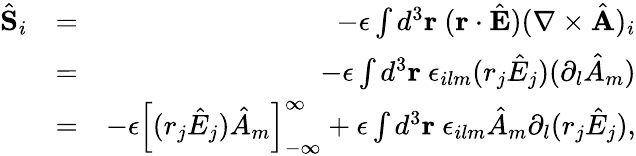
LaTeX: \begin{array}{rlr}{\hat{\mathbf S}_{i}}&{=}&{-\epsilon\int d^{3}{\mathbf r}\ ({\mathbf r}\cdot\hat{\mathbf E})(\nabla\times\hat{\mathbf A})_{i}}\\ &{=}&{-\epsilon\int d^{3}{\mathbf r}\ \epsilon_{ilm}(r_{j}\hat{E}_{j})(\partial_{l}\hat{A}_{m})}\\ &{=}&{-\epsilon\left[(r_{j}\hat{E}_{j})\hat{A}_{m}\right]_{-\infty}^{\infty}+\epsilon\int d^{3}{\mathbf r}\ \epsilon_{ilm}\hat{A}_{m}\partial_{l}(r_{j}\hat{E}_{j}),}\end{array}